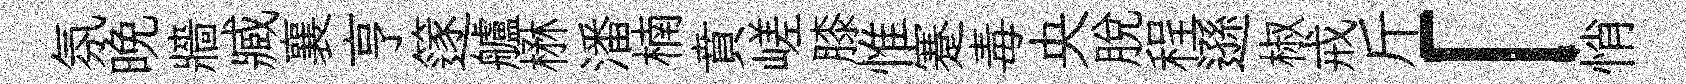
氛晩牆臧襄亨篴艫楙潘楠賁嵯膝惟蹇毒央脫程遜椒戒斤「悄